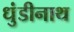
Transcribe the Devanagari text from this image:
धुंडीनाथ